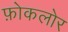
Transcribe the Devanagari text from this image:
फ़ोकलोर